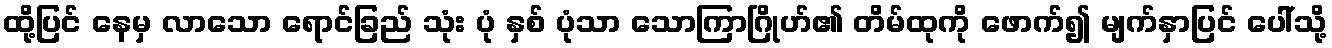
ထို့ပြင် နေမှ လာသော ရောင်ခြည် သုံး ပုံ နှစ် ပုံသာ သောကြာဂြိုဟ်၏ တိမ်ထုကို ဖောက်၍ မျက်နှာပြင် ပေါ်သို့